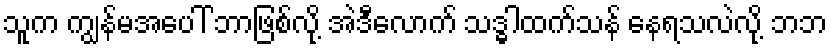
သူက ကျွန်မအပေါ် ဘာဖြစ်လို့ အဲဒီလောက် သဒ္ဓါထက်သန် နေရသလဲလို့ ဘဘ